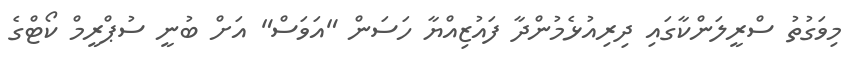
މިވަގުތު ސްރީލަންކާގައި ދިރިއުޅެމުންދާ ފައުޒިއްޔާ ހަސަން "އަވަސް" އަށް ބުނީ ސުޕްރީމް ކޯޓްގެ